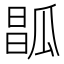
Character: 𤬆